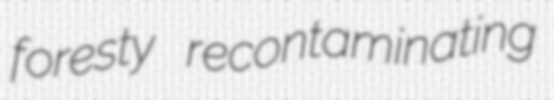
foresty recontaminating